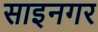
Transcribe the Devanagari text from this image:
साइनगर